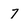
Character: 7